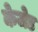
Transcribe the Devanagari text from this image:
केजेड